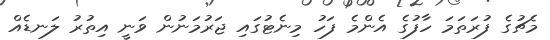
މެޗުގެ ފުރަތަމަ ހާފުގެ އެންމެ ފަހު މިނެޓުގައި ޖަރުމަނުން ވަނީ އިތުރު ލަނޑެއް